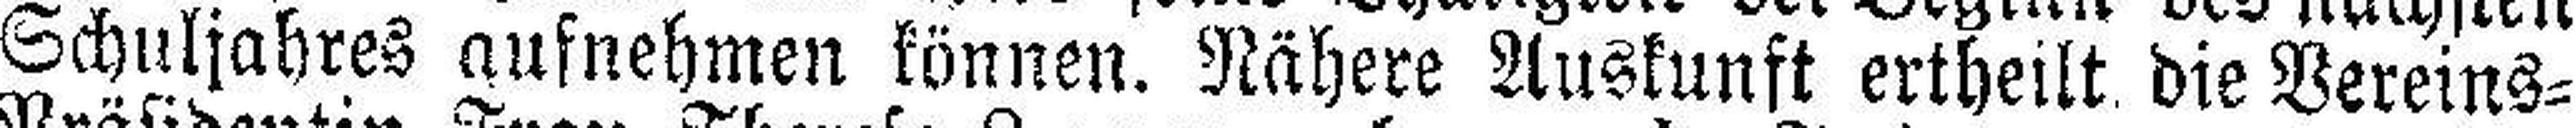
Schuljahres aufnehmen können. Nähere Auskunft ertheilt die Vereins=